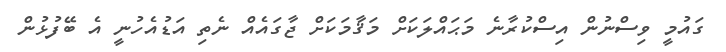
ގައުމީ ވިސްނުން އިސްކުރާނެ މަޙައްލަކަށް މަޤާމަކަށް ޖާގައެއް ނެތި އަޑުއެހުނީ އެ ބޭފުޅުން